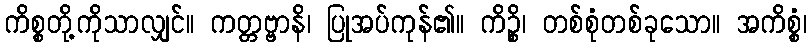
ကိစ္စတို့ကိုသာလျှင်။ ကတ္တဗ္ဗာနိ၊ ပြုအပ်ကုန်၏။ ကိဉ္စိ၊ တစ်စုံတစ်ခုသော။ အကိစ္စံ၊